King Institute of Preventive Medicine Micro-Biological Section reports 1909-11
Year: 1909
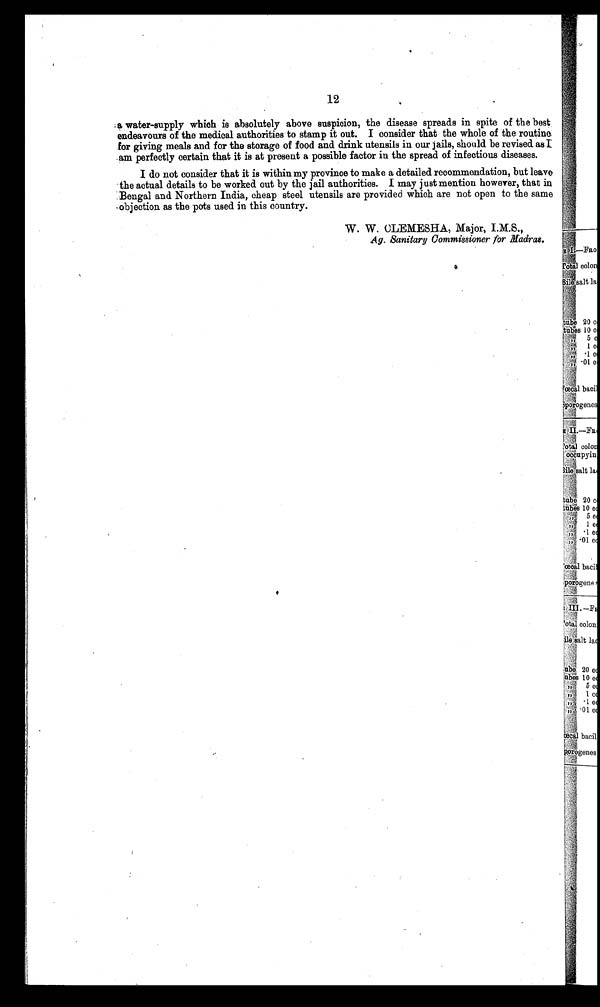
12
a water-supply which is absolutely above suspicion, the disease spreads in spite of the best
endeavours of the medical authorities to stamp it out. I consider that the whole of the routine
for giving meals and for the storage of food and drink utensils in our jails, should be revised as I
am perfectly certain that it is at present a possible factor in the spread of infectious diseases.
I do not consider that it is within my province to make a detailed recommendation, but leave
the actual details to be worked out by the jail authorities. I may just mention however, that in
Bengal and Northern India, cheap steel utensils are provided which are not open to the same
objection as the pots used in this country.
W. W. OLEMESHA, Major,
Sanitary Commissioner for Madras.